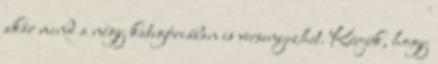
akár mind a négy kategóriában is versenyezhet. Kérjük, hogy